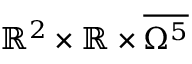
\mathbb { R } ^ { 2 } \times \mathbb { R } \times \overline { { \Omega ^ { 5 } } }